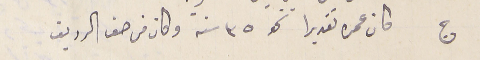
كان عمرة تقديرا نحو ٣٥ سنة وكان من صف الرديف